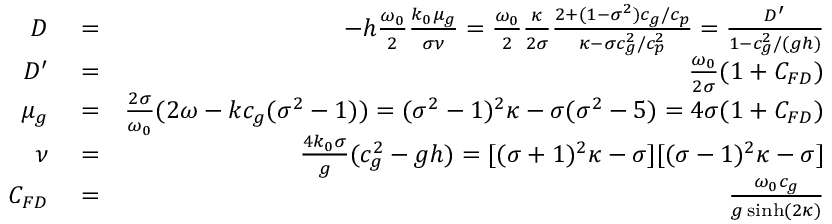
\begin{array} { r l r } { D } & { { } = } & { - h \frac { \omega _ { 0 } } { 2 } \frac { k _ { 0 } \mu _ { g } } { \sigma \nu } = \frac { \omega _ { 0 } } { 2 } \frac { \kappa } { 2 \sigma } \frac { 2 + ( 1 - \sigma ^ { 2 } ) c _ { g } / c _ { p } } { \kappa - \sigma c _ { g } ^ { 2 } / c _ { p } ^ { 2 } } = \frac { D ^ { \prime } } { 1 - c _ { g } ^ { 2 } / ( g h ) } } \\ { D ^ { \prime } } & { { } = } & { \frac { \omega _ { 0 } } { 2 \sigma } ( 1 + C _ { F D } ) } \\ { \mu _ { g } } & { { } = } & { \frac { 2 \sigma } { \omega _ { 0 } } ( 2 \omega - k c _ { g } ( \sigma ^ { 2 } - 1 ) ) = ( \sigma ^ { 2 } - 1 ) ^ { 2 } \kappa - \sigma ( \sigma ^ { 2 } - 5 ) = 4 \sigma ( 1 + C _ { F D } ) } \\ { \nu } & { { } = } & { \frac { 4 k _ { 0 } \sigma } { g } ( c _ { g } ^ { 2 } - g h ) = [ ( \sigma + 1 ) ^ { 2 } \kappa - \sigma ] [ ( \sigma - 1 ) ^ { 2 } \kappa - \sigma ] } \\ { C _ { F D } } & { { } = } & { \frac { \omega _ { 0 } c _ { g } } { g \sinh ( 2 \kappa ) } } \end{array}